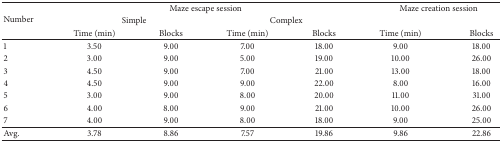
| <ROWSPAN=3> Number | <COLSPAN=4> Maze escape session | <COLSPAN=2> Maze creation session |
 | <COLSPAN=2> Simple | <COLSPAN=2> Complex | <COLSPAN=2>  |
 | Time (min) | Blocks | Time (min) | Blocks | Time (min) | Blocks |
 | --- | --- | --- | --- | --- | --- | --- |
 | 1 | 3.50 | 9.00 | 7.00 | 18.00 | 9.00 | 18.00 |
 | 2 | 3.00 | 9.00 | 5.00 | 19.00 | 10.00 | 26.00 |
 | 3 | 4.50 | 9.00 | 7.00 | 21.00 | 13.00 | 18.00 |
 | 4 | 4.50 | 9.00 | 9.00 | 22.00 | 8.00 | 16.00 |
 | 5 | 3.00 | 9.00 | 8.00 | 20.00 | 11.00 | 31.00 |
 | 6 | 4.00 | 8.00 | 9.00 | 21.00 | 10.00 | 26.00 |
 | 7 | 4.00 | 9.00 | 8.00 | 18.00 | 9.00 | 25.00 |
 | Avg. | 3.78 | 8.86 | 7.57 | 19.86 | 9.86 | 22.86 |